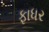
ફાધર